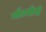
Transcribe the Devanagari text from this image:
मौलवींनी